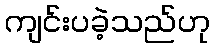
ကျင်းပခဲ့သည်ဟု